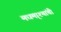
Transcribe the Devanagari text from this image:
मधमा्श्यांची